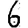
Digit: 6